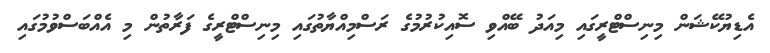
އެޑިޔުކޭޝަން މިނިސްޓްރީގައި މިއަދު ބޭއްވި ސޮއިކުރުމުގެ ރަސްމިއްޔާތުގައި މިނިސްޓްރީގެ ފަރާތުން މި އެއްބަސްވުމުގައި